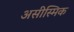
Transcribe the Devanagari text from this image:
असीस्मिक